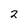
Character: 2